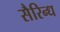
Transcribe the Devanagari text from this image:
सैरिन्ध